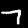
Digit: 7